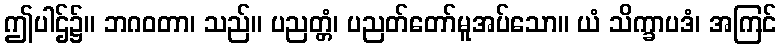
ဤပါဌ်၌။ ဘဂဝတာ၊ သည်။ ပညတ္တံ၊ ပညတ်တော်မူအပ်သော။ ယံ သိက္ခာပဒံ၊ အကြင်